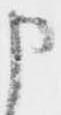
申